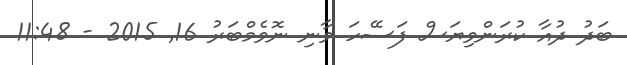
ބަދު ދުއާ ކުރަންވިޔަސް ފަސޭހަ ވާނި ނޮވެމްބަރު 16